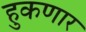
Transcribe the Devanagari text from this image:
हुकणार